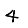
Digit: 4